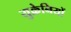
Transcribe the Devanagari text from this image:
युक्रेनियों